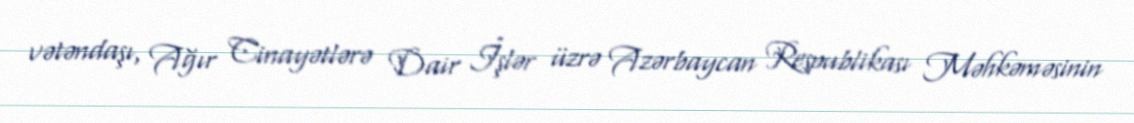
vətəndaşı, Ağır Cinayətlərə Dair İşlər üzrə Azərbaycan Respublikası Məhkəməsinin